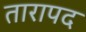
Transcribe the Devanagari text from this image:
तारापद